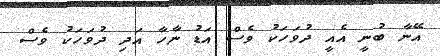
އޭނާ ބުނީ އެއީ ދުވަހަކު ވެސް އަޑު ނާހާ އަދި ދުވަހަކު ވެސް